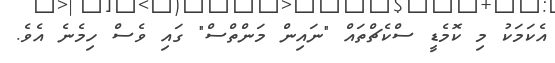
އެކަމަކު މި ކޮމެޑީ ސްކެޗްތައް "ނައިން މަންތްސް" ގައި ވެސް ހިމެނެ އެވެ.